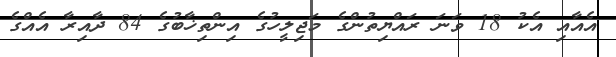
އެއާއި އެކު 18 ވަނަ ރައްޔިތުންގެ މަޖިލީހުގެ އިންތިޚާބުގެ 84 ދާއިރާ އެއްގެ